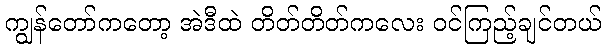
ကျွန်တော်ကတော့ အဲဒီထဲ တိတ်တိတ်ကလေး ဝင်ကြည့်ချင်တယ်